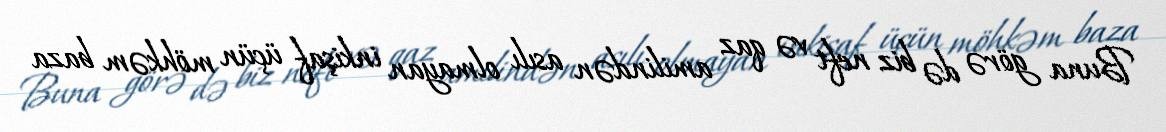
Buna görə də biz neft və qaz amilindən asılı olmayan inkişaf üçün möhkəm baza